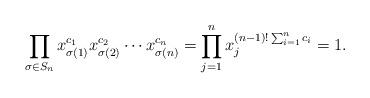
LaTeX: \begin{align*}\prod_{\sigma \in S_n} x_{\sigma(1)}^{c_1} x_{\sigma(2)}^{c_2} \cdots x_{\sigma(n)}^{c_n} = \prod_{j=1}^n x_j^{(n-1)!\sum_{i=1}^n c_i} = 1.\end{align*}